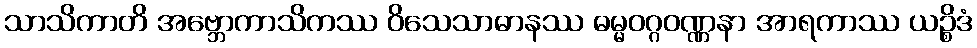
သာသိကာတိ အဗ္ဘောကာသိကဿ ဝိသေသာဓာနဿ ဓမ္မဝဂ္ဂဝဏ္ဏနာ အာရကာဿ ယဉ္စိဒံ